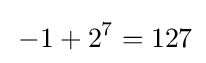
\,-1+2^{7}=127